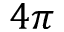
4 \pi